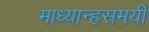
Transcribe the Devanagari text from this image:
माध्यान्हसमयी